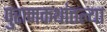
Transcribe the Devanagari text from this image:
पुराणकथांतल्या